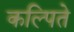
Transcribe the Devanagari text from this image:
कल्पिते